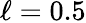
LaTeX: \ell=0.5